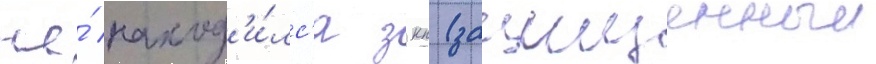
же́ наход'и́лс'я зкп (защищенныи